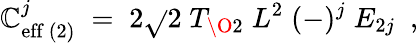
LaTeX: \mathbb{C}_{\mathrm{{eff}}\ (2)}^{j}\; =\; 2\sqrt{}{{2}}\; T_{{\O}2}\; L^{2}\; (-)^{j}\; E_{2j}\; \ ,